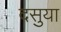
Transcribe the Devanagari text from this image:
दसुया